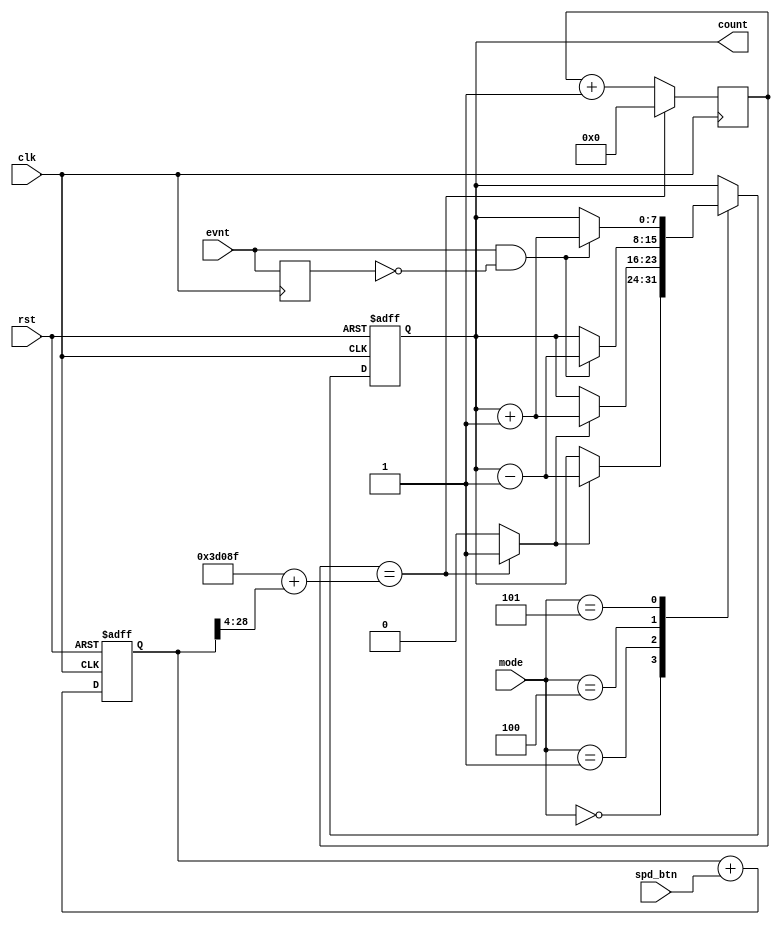
`timescale 1ns / 1ps
//////////////////////////////////////////////////////////////////////////////////
// Company: 
// Engineer: 
// 
// Design Name: 
// Module Name:    soft_gtv 
// Project Name: 
// Target Devices: 
// Tool versions: 
// Description: 
//
// Dependencies: 
//
// Revision: 
// Revision 0.01 - File Created
// Additional Comments: 
//
//////////////////////////////////////////////////////////////////////////////////
module soft_gtv(
    input rst,
	 input clk,
    input spd_btn,
    input [2:0] mode,
    input evnt,
    output [7:0] count
    );

    reg evnt_ff;
    reg gtv_tm_flg;
    wire gtv_ev_flg;
    reg [7:0] gtv_cnt;
    reg [7:0] gtv_cnt_ff;	 
    reg [24:0] base_cnt;
    reg [24:0] base_cnt_ff;	 
    reg [28:0] spd_ff;	 
    assign count = gtv_cnt_ff;
	 
	always @(posedge clk)
	    evnt_ff <= evnt;
		
	assign gtv_ev_flg = evnt & ~evnt_ff;
	 
	always @(posedge clk or posedge rst)
	    if (rst) spd_ff <= 28'b0;
		else spd_ff <= spd_ff + spd_btn;
		
	 
	always @* begin
	    gtv_tm_flg = 1'b0;
	    base_cnt = base_cnt_ff;
        if (base_cnt_ff == (25'd250000-25'd1+spd_ff[28:4])) begin
		    gtv_tm_flg = 1'b1;
		    base_cnt = 25'b0;
            end 
        else begin
		    base_cnt = base_cnt_ff + 25'b1;
            end
    end
	 
	always @(posedge clk) begin
	    base_cnt_ff <= base_cnt;
	end
	 
	always @* begin
	    gtv_cnt = gtv_cnt_ff;
		
	    case (mode)
		    0: if(gtv_tm_flg) gtv_cnt = gtv_cnt_ff - 8'b1;
		    1: if(gtv_tm_flg) gtv_cnt = gtv_cnt_ff + 8'b1;
		    4: if(gtv_ev_flg) gtv_cnt = gtv_cnt_ff - 8'b1;
		    5: if(gtv_ev_flg) gtv_cnt = gtv_cnt_ff + 8'b1;
		    default: gtv_cnt = gtv_cnt_ff;
		endcase
	end
	 
	always @(posedge clk or posedge rst) begin
	    if (rst) gtv_cnt_ff <= 8'b0;
		else gtv_cnt_ff <= gtv_cnt;
	end
endmodule